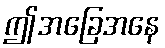
ဤအခြေအနေ